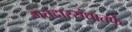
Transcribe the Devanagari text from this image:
मतदारसंघातर्फे